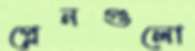
প্লেনগুলো